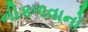
નીકળવાનો